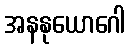
အနနုယောဂေါ